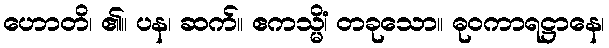
ဟောတိ၊ ၏။ ပန၊ ဆက်။ ဧကသ္မိံ၊ တခုသော။ ဓုဝကာရဋ္ဌာနေ၊